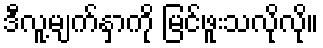
ဒီလူ့မျက်နှာကို မြင်ဖူးသလိုလို။